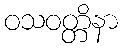
ဝသဝတ္တိနာ